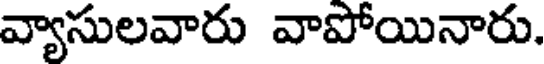
వ్యాసులవారు వాపోయినారు.